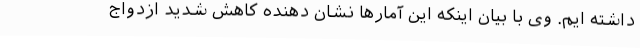
داشته ایم. وی با بیان اینکه این آمارها نشان دهنده کاهش شدید ازدواج